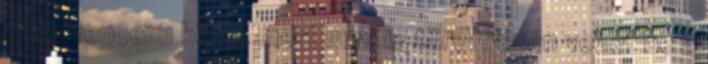
a kedvenceim közé, mert mindig türelmesen vezet be a